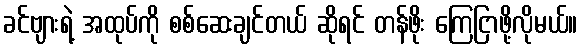
ခင်ဗျားရဲ့ အထုပ်ကို စစ်ဆေးချင်တယ် ဆိုရင် တန်ဖိုး ကြေငြာဖို့လိုမယ်။